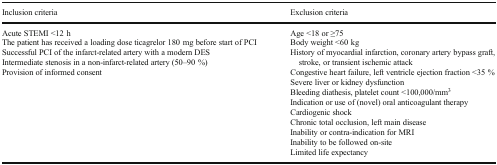
| Inclusion criteria | Exclusion criteria |
 | --- | --- |
 | Acute STEMI <12 hThe patient has received a loading dose ticagrelor 180 mg before start of PCISuccessful PCI of the infarct-related artery with a modern DESIntermediate stenosis in a non-infarct-related artery (50–90 %)Provision of informed consent | Age <18 or ≥75Body weight <60 kgHistory of myocardial infarction, coronary artery bypass graft, stroke, or transient ischemic attackCongestive heart failure, left ventricle ejection fraction <35 %Severe liver or kidney dysfunctionBleeding diathesis, platelet count <100,000/mm3Indication or use of (novel) oral anticoagulant therapyCardiogenic shockChronic total occlusion, left main diseaseInability or contra-indication for MRIInability to be followed on-siteLimited life expectancy |